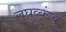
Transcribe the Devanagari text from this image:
लघुव्यंग्य